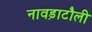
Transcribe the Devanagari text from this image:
नावड़ाटौली